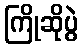
ကြိုဆိုပွဲ